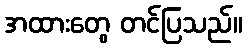
အထားတွေ တင်ပြသည်။